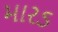
મારડ